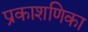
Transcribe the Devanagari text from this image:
प्रकाशणिका